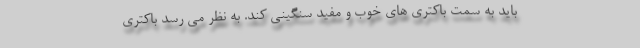
باید به سمت باکتری های خوب و مفید سنگینی کند. به نظر می رسد باکتری